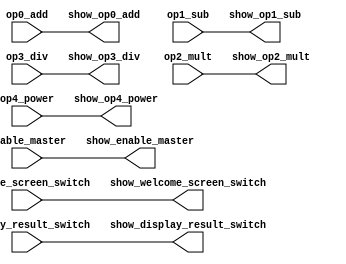
// showTime
`timescale 1ns / 1ps
//////////////////////////////////////////////////////////////////////////////////
// Company: 
// Engineer: 
// 
// Design Name: 
// Module Name: showTime
// Project Name: 
// Target Devices: 
// Tool Versions: 
// Description: 
// 
// Dependencies: 
// 
// Revision:
// Revision 0.01 - File Created
// Additional Comments:
// 
//////////////////////////////////////////////////////////////////////////////////
//showTime(enable_master, display_result_switch, ops[0], ops[1], ops[2], ops[3], 
  //      show_enable_master, show_display_result_switch, show_op0_add, show_op1_sub, show_op2_mult, show_op3_div);


module showTime(
input enable_master, welcome_screen_switch, display_result_switch,
         op0_add, op1_sub, op2_mult, op3_div, op4_power,
output reg show_enable_master, show_welcome_screen_switch, show_display_result_switch,
         show_op0_add, show_op1_sub, show_op2_mult, show_op3_div, show_op4_power
    );
    
    always@(*)
    begin
        show_enable_master <= enable_master; 
        show_display_result_switch <= display_result_switch;
        show_op0_add <= op0_add;
        show_op1_sub <= op1_sub;
        show_op2_mult <= op2_mult;
        show_op3_div <= op3_div;
        show_op4_power <= op4_power;
        show_welcome_screen_switch <= welcome_screen_switch; 
        
    end
endmodule